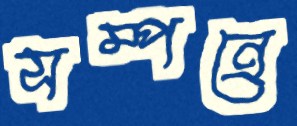
সম্পন্রে